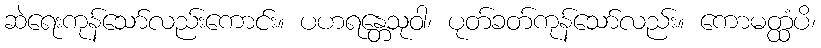
ဆဲရေးကုန်သော်လည်းကောင်း။ ပဟရန္တေသုဝါ၊ ပုတ်ခတ်ကုန်သော်လည်း။ ကောမတ္ထံပိ၊